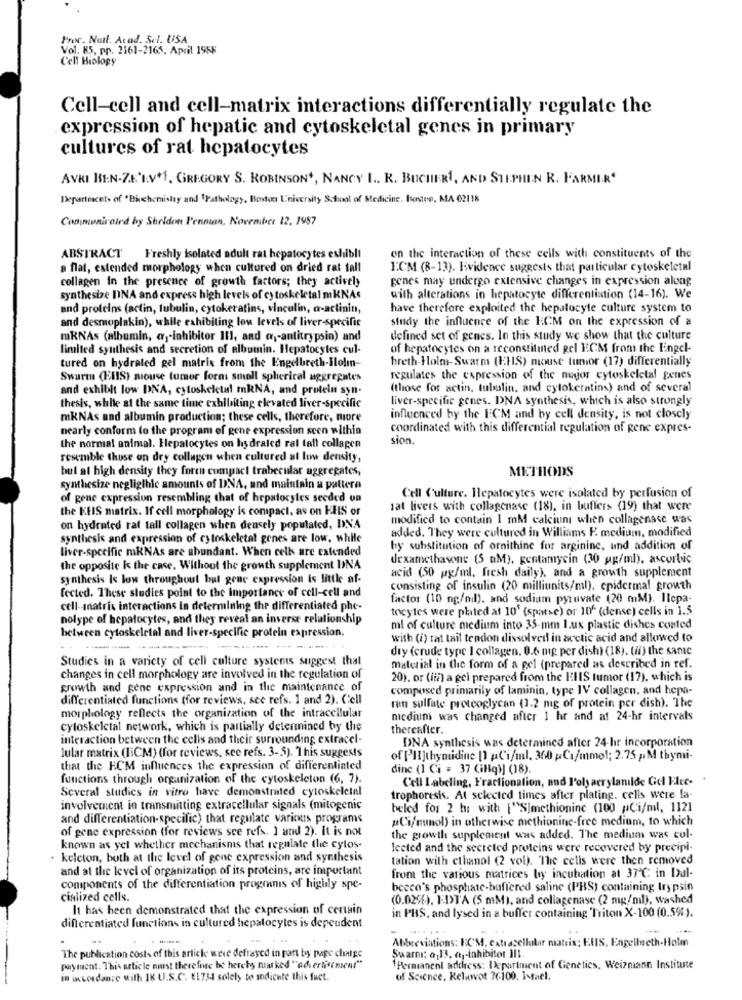
Proc. Nail. Atad. Sel. USA
Vol. K5, pp. 2161-2165. April 1955
Cell Biology
Cell-cell and cell-matrix interactions differentially regulate the
expression of hepatic and cytoskeletal genes in primary
cultures of rat hepatocytes
AVKI HIN-ZE'LV+1, GREGORY S. ROBINSON+, NANCY I .. R. BUCHER1, AND STEPHEN R. FARMIR'
Department of 'Biochemistry and $Pathology, Boston University School of Medicine. Boston, MA 02118
Communicated by Sheldon Penman, November 12. 1987
ABSTRACT
Freshly isolated adult rat hepatocytes exhibl!
on the interaction of these cells with constituents of the
a flat, extended morphology when cultured on dried rat tall
FCM (8-13). Evidence suggests that particular cytoskeletal
collagen in the presence of growth factors; they actively
genes may undergo extensive changes in expression along
synthesize DNA and express high levels of cytoskeletal mKNAs
with alterations in hepatocyte differentiation (14-16). We
and proteins (actin, tubulin, cytokeratins, vinculin, a-actinin,
have therefore exploited the hepatocyte culture system to
and desmoplakin), while exhibiting low levels of liver-specific
study the influence of the ECM on the expression of a
mRNAs (albumin, @j-inhibitor I11, and @ ;- antitrypsin) and
defined set of genes. In this study we show that the culture
limited synthesis and secretion of albumin. Hepatocytes cul-
of hepatocytes on a reconstituted gel ECM from the Eingel-
breth-Holm-Swarm (EHS) mouse tumor (17) differentially
tured on hydrated gel matrix from the Engelbreth-Ilolin-
Swarm (EHS) niouse tumor form: small spherical aggregates
regulates the expression of the major cytoskeletal genes
and exhibit low DNA, cyloskeletal mRNA, and protein syn-
(those for actin, tubulin, and cytokeratins) and of several
liver-specific genes. DNA synthesis, which is also strongly
thesis, while at the same time exhibiting elevated liver-specifie
mKNAs and albumin production; these cells, therefore, more
influenced by the FCM and by cell density, is not closely
nearly conform to the program of gene expression scen within
coordinated with this differential regulation of genc expres-
sion.
the normal animal. Hepatocytes on hydraled ral tall collagen
resemble thuse on dry collagen when cultured at low density,
bul al high density they foren compact trabecular aggregates,
METHODS
synthesize negliglhic amounts of DNA, and maintain a pattern
of gene expression resembling that of hepatocytes seeded un
Cell Culture. Hepatocytes were isolated by perfusion of
the KEIS matrix. If cell morphology is compact, as on HEIS or
fat livers with collagenase (18), in buffers (19) that were
modified to contain 1 mM calcium when collagenase was
on hydrated rat tall collagen when densely populated, DNA
added. They were cultured in Williams F. medium, modified
synthesis and expression of cytoskeletal genes are low, while
liver-specific mRNAs are abundant. When cells are extended
by substitution of ornithine for arginine, und addition of
dexamethasone (5 nM), gentamycin (30 g/ml), ascorbic
the opposite k the case. Without the growth supplement UNA
acid (50 pg/ml, fresh daily), and a growth supplement
synthesis Is low throughout but gene expression is little af-
fected. These studies point to the importance of cell-cell and
consisting of insulin (20 milliunits/ml), epidermal growth
factor (10 ng/nil). and sodium pyruvate (20 mM). Ilepa-
cell -- matrix interactions in determining the differentiated phe-
tocytes were plated at 10' (sparse) or 106 (dense) cells in 1.5
nolype of hepatocytes, and they reveal an inverse relationship
ml of culture medium into 35-mm lux plastic dishes coated
between cytoskeletal and liver-specific protein expression.
with (i) rat tail tendon dissolved in acetic acid and allowed to
.. .
dry (crude type I collagen. 0.6 mg per dish) (18), (H) the same
Studies in a variety of cell culture systems suggest that
material in the form of a gel (prepared as described in ref.
changes in cell morphology are involved in the regulation of
20), or (ii) a gei prepared from the EHIS tumor (17), which is
growth and gene expression and in the maintenance of
composed primarily of laminin, type IV collagen, and hepa-
differentiated functions (for reviews, sce refs. 1 and 2). Cell
ran sulfate proteoglycan (1.2 mg of protein per dish). The
morphology reflects the organization of the intracellular
medium was changed after 1 hr and at 24-hr intervals
cyloskeletal network, which is partially determined by the
thereafter.
interaction between the cells and their surrounding extracel-
DNA synthesis was determined after 24-hr incorporation
lular matrix (I:CM) (for reviews, see refs. 3-5). This suggests
of [H]thymuidine [1 pCi/ml, 360 ;Ca/mmol; 2.75 p.M thymi-
that the ECM influences the expression of differentiated
dine (1 Ci = 37 (iHq)] (18).
functions through organization of the cytoskeleton (6, 7).
Cell Labeling, Fractionation, and l'oly acrylanilde Gel Elce-
Several studies in vitro have demonstrated cytoskeletal
trophoresis. At selected times after plating. cells were la-
involvement in transmitting extracellular signals (mitogenic
beled for 2 h: with ["S]methionine (100 pCi/ml, 1121
and differentiation-specific) that regulate various programs
"Ci/mmol) in otherwise methionine-free medium, to which
of gene expression (for reviews see refs. 1 and 2). It is not
the growth supplement was added. The medium was col-
known as yel whether mechanismis that regulate the cytos-
lected and the secreted proteins were recovered by precipi-
. keleton, both at the level of gene expression and synthesis
tation with cthanol (2 vol). The cells were then removed
and at the level of organization of its proteins, are important
from the various matrices by incubation at 37℃ in Dul-
components of the differentiation progmnis of highly spe-
becco's phosphate-buffered saline (PBS) containing trypsin
cialized cells.
(0.02%). ID>T'A (5 mM), and collagenase (2 mg/ml), washed
It has been demonstrated that the expression of cenain
in PHS, and lysed in a buffer containing 'Triton X-100 (0.5%).
differentiated functions in cultured hepatocytes is dependent
.... ...
--
...
Abbreviations: I'M, extracellular matrix: ElIS, Engelbreth-Holm
The publication costs of this article were defrayed in part by page charge
Swarm: o,13. @1-inhibitor III.
payment. This article muurst therefore be hereby marked ""advertisement"
Permanent address: Department of Genetics. Weizmann Institute
in accordance with IK U.S.C. E1734 solely to andichte this fuet.
of Science, Kelnwot 76-100, 1-fael.